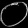
Digit: ၀